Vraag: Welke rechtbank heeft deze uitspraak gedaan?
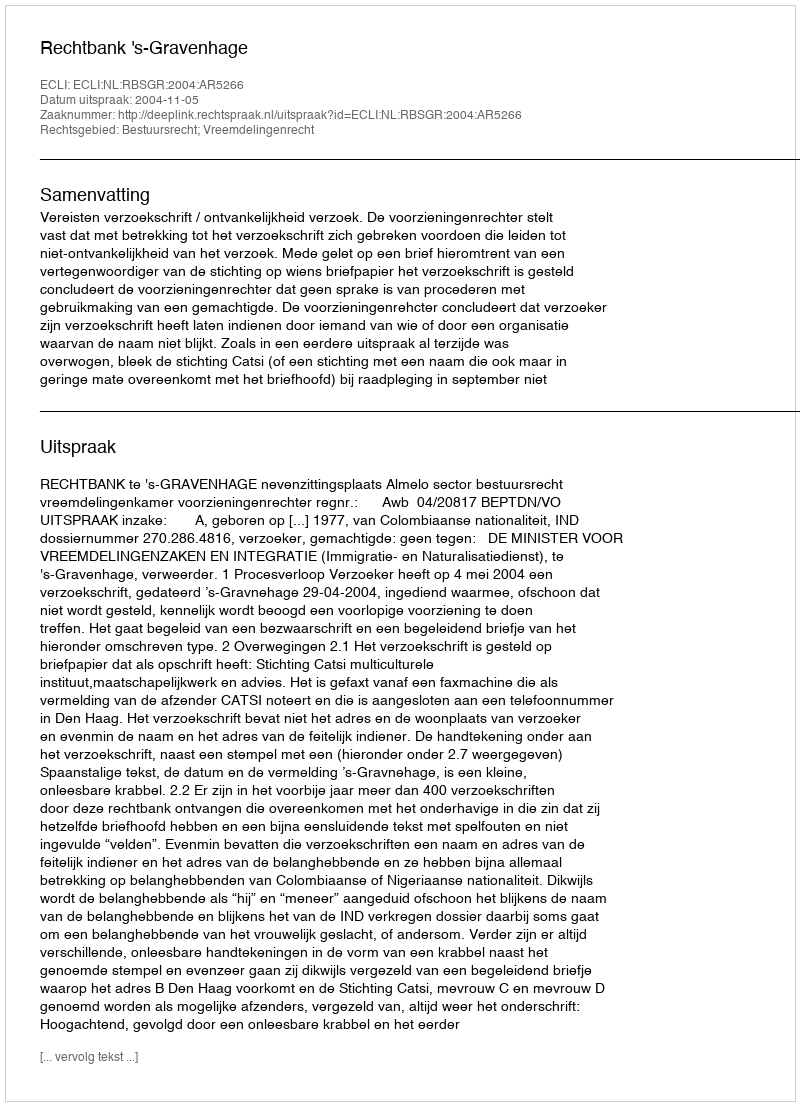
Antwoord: Rechtbank 's-Gravenhage